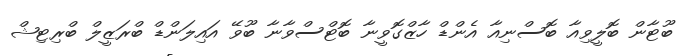
ބޫޓާން ބޮލީވިއާ ބޮސްނިއާ އެންޑް ހާޒްގޮވީނާ ބޮޓްސްވާނާ ބޫވޭ އައިލަންޑް ބްރަޒީލް ބްރިޓިޝް